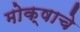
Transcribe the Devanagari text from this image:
मोक्षाचे